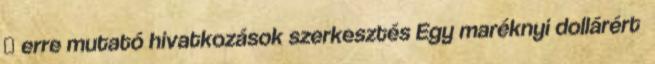
← erre mutató hivatkozások szerkesztés Egy maréknyi dollárért ‎